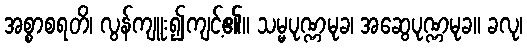
အစ္စာစရတိ၊ လွန်ကျူး၍ကျင့်၏။ သမ္မပုဏ္ဏမုခ၊ အဆွေပုဏ္ဏမုခ။ ခလု၊